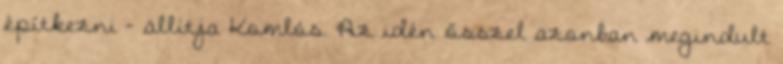
építkezni - állítja Komlós. Az idén ősszel azonban megindult